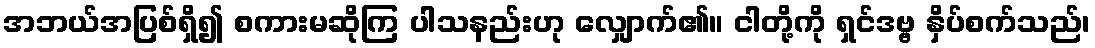
အဘယ်အပြစ်ရှိ၍ စကားမဆိုကြ ပါသနည်းဟု လျှောက်၏။ ငါတို့ကို ရှင်ဒဗ္ဗ နှိပ်စက်သည်၊